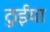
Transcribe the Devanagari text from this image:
ठुईया